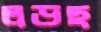
লড়ছ